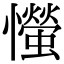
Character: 𢤨